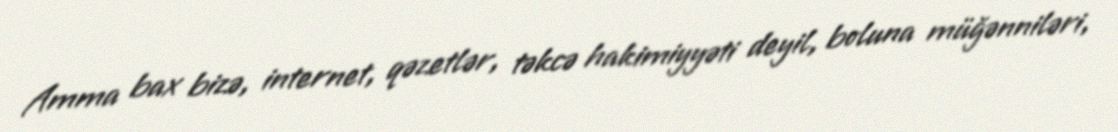
Amma bax bizə, internet, qəzetlər, təkcə hakimiyyəti deyil, boluna müğənniləri,